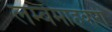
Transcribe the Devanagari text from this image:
लम्बेमाहवारी